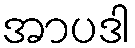
အာပဒါ